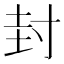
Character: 封